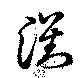
瀏